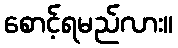
စောင့်ရမည်လား။